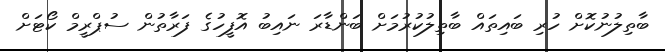
ބާތިލުނުކޮށް ހުރި ބައިތައް ބާތިލުކުރުމަށް ބަންޑާރަ ނައިބު އޮފީހުގެ ފަރާތުން ސުޕްރީމް ކޯޓަށް